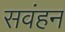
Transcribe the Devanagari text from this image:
सवंहन